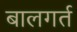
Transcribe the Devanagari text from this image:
बालगर्त